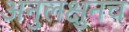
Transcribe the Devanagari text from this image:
अनुलक्षुनच